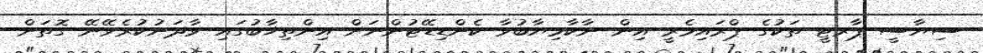
ސިޔާސީ ޕާރޓީ ތަކުގެ ޕްރައިމެރީ އިން ނާކާމިޔާބުވާ ކެންޑިޑޭޓުންނަށް އިންތިޚާބުގައި ވާދަނުކުރެވޭނޭ ގޮތަށް